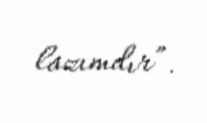
lazımdır”.